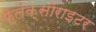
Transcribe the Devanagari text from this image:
फ्लेक्सोराइटर